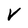
Character: V